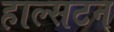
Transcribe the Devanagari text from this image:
हाल्सटन